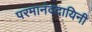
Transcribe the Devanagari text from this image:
परमानंददायिनी